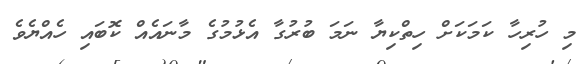
މި ހުރިހާ ކަމަކަށް ހިތްކިޔާ ނަމަ ބުރުގާ އެޅުމުގެ މާނައެއް ކޮބައި ހެއްޔެވެ